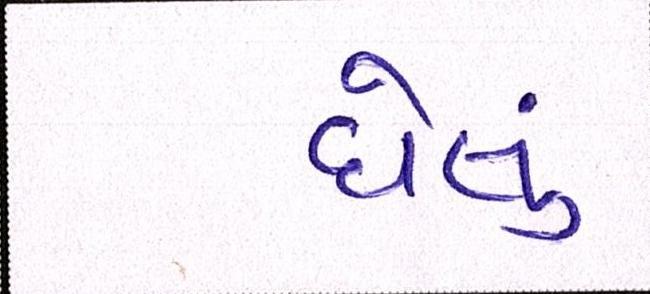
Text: ઘેલું